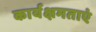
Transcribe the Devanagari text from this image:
कार्यक्षमताएं